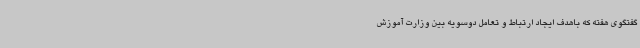
گفتگوی هفته که باهدف ایجاد ارتباط و تعامل دوسویه بین وزارت آموزش‌